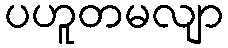
ပဟူတမလျာ